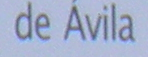
de Avila